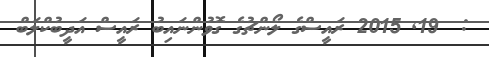
:  19